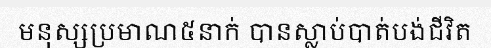
មនុស្សប្រមាណ៥នាក់ បានស្លាប់បាត់បង់ជីវិត